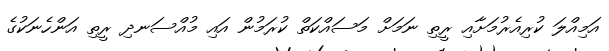
އަމިއްލަ ކުރިއެރުމަށާއި ރީތި ނަމަށް މަސައްކަތް ކުރަމުން އައި މުއްސަނދި ރީތި އަންހެނަކުގެ